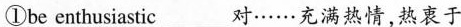
①be enthusiastic ___对……充满热情，热衷于